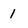
Character: 1